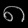
Digit: ၈